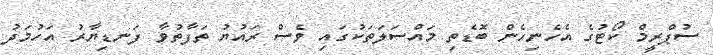
ސުޕްރީމް ކޯޓުގެ އެހެނިހެން ބޮޑެތި މައްސަލަތަކުގައި ވެސް ރައުޔު ތަފާތުވާ ފަނޑިޔާރު އަހުމަދު